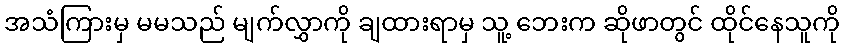
အသံကြားမှ မမသည် မျက်လွှာကို ချထားရာမှ သူ့ ဘေးက ဆိုဖာတွင် ထိုင်နေသူကို